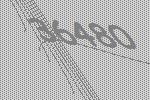
36480